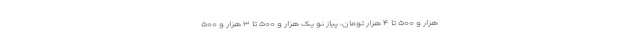
هزار و ۵۰۰ تا ۴ هزار تومان، پیاز نو یک هزار و ۵۰۰ تا ۳ هزار و ۵۰۰